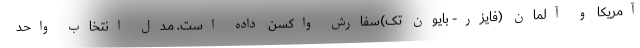
آمریکا و آلمان (فایزر- بایون تک)سفارش واکسن داده است. مدل انتخاب واحد